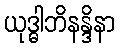
ယုဒ္ဓါဘိနန္ဒိနာ